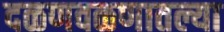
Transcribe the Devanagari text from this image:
दळणवळणातल्या